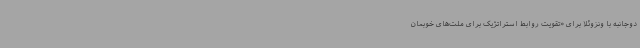
دوجانبه با ونزوئلا برای «تقویت روابط استراتژیک برای ملت‌های خوبمان